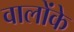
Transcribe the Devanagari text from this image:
वालोंके